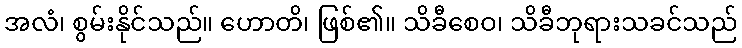
အလံ၊ စွမ်းနိုင်သည်။ ဟောတိ၊ ဖြစ်၏။ သိခီစေဝ၊ သိခီဘုရားသခင်သည်